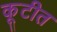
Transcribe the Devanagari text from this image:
कूटीत